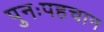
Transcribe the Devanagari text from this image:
पुनःपहचान